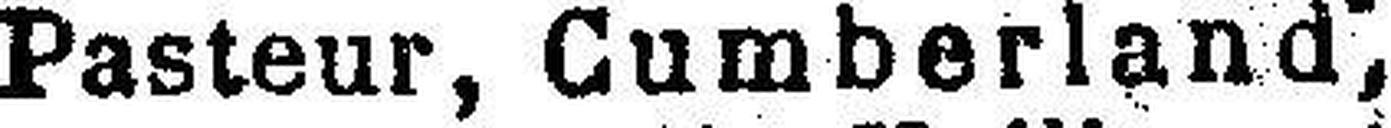
Pasteur, Cumberland,